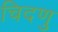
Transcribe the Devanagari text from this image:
चिदणु